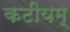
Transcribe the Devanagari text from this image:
कटीयम्